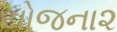
યોજના૨